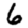
Digit: 6